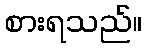
စားရသည်။